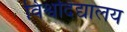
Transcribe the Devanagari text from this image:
विश्वदिद्यालय